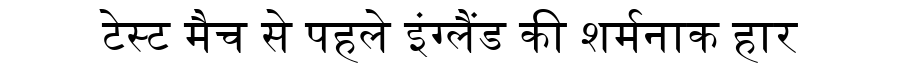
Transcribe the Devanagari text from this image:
टेस्ट मैच से पहले इंग्लैंड की शर्मनाक हार